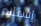
إستلام